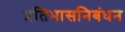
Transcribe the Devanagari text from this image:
प्रतिभासनिबंधन